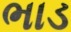
ભાડ